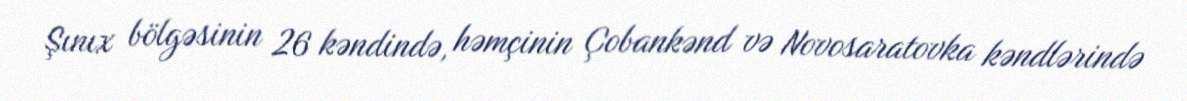
Şınıx bölgəsinin 26 kəndində, həmçinin Çobankənd və Novosaratovka kəndlərində